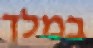
במלך